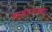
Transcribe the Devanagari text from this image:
रस्त्यारस्त्यावर